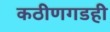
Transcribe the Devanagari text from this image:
कठीणगडही